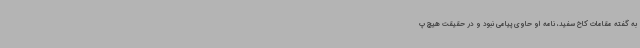
به گفته مقامات کاخ سفید، نامه او حاوی پیامی نبود و در حقیقت هیچ پ